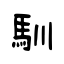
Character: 馴